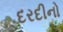
દરદીનો